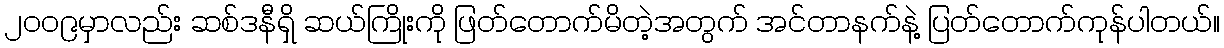
၂၀၀၉မှာလည်း ဆစ်ဒနီရှိ ဆယ်ကြိုးကို ဖြတ်တောက်မိတဲ့အတွက် အင်တာနက်နဲ့ ပြတ်တောက်ကုန်ပါတယ်။